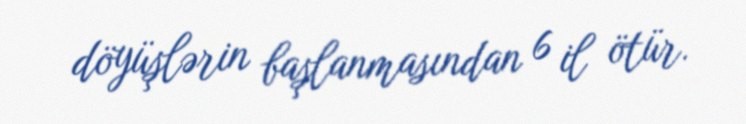
döyüşlərin başlanmasından 6 il ötür.